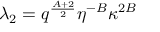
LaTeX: \lambda _ { 2 } = q ^ { \frac { A + 2 } { 2 } } \eta ^ { - B } \kappa ^ { 2 B }